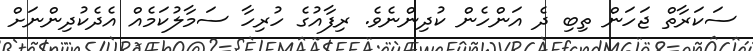
ސަކަރާތް ޖަހަން ތިބި ދެ އަންހެން ކުދިންނެވެ. ރިފާއުގެ ހުރިހާ ސަމާލުކަމެއް އެދެކުދިންނަށް